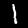
Digit: 1